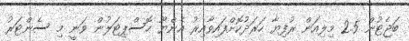
ބަޖެޓުން 2.5 މިލިއަން ރުފިޔާ ހަރަދުކޮށްފައިވާއިރު އެންޔޫ ހޮސްޕިޓަލުން ވަނީ މި ސެންޓަރު